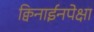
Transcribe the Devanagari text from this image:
क्विनाईनपेक्षा